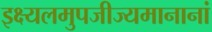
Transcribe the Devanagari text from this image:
इक्ष्यलमुपजीज्यमानानां